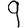
Digit: 9